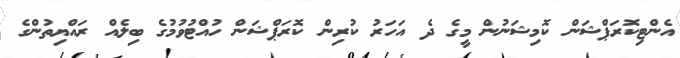
އެންޓިކޮރަޕްޝަން ކޮމިޝަނުން މީގެ ދެ އަހަރު ކުރިން ކޮރަޕްޝަން ހުއްޓުވުމުގެ ބިލެއް ރައްޔިތުންގެ